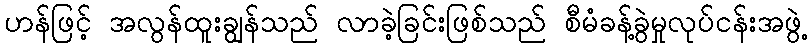
ဟန်ဖြင့် အလွန်ထူးချွန်သည် လာခဲ့ခြင်းဖြစ်သည် စီမံခန့်ခွဲမှုလုပ်ငန်းအဖွဲ့